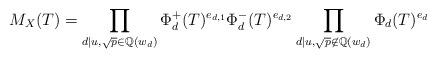
LaTeX: \begin{align*} M_X(T)=\prod_{d \mid u, \sqrt p \in \mathbb Q(w_d)}\Phi_d^{+}(T)^{e_{d,1}}\Phi_d^{-}(T)^{e_{d,2}} \prod_{d \mid u, \sqrt p \not \in \mathbb Q(w_d)}\Phi_d(T)^{e_{d}}\end{align*}